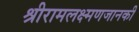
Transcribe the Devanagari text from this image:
श्रीरामलक्ष्मणजानकी